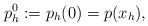
LaTeX: \begin{align*} p^0_h := p_h(0) = p(x_h), \end{align*}